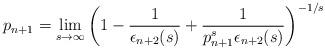
LaTeX: \begin{align*}p_{n+1} = \lim_{s\to\infty}\left(1-\frac{1}{\epsilon_{n+2}(s)}+\frac{1}{p_{n+1}^s\epsilon_{n+2}(s)}\right)^{-1/s}\end{align*}